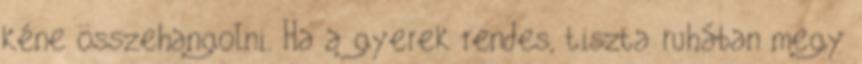
kéne összehangolni. Ha a gyerek rendes, tiszta ruhában megy